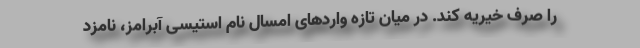
را صرف خیریه کند. در میان تازه واردهای امسال نام استیسی آبرامز، نامزد